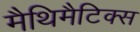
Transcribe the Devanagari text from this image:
मैथिमैटिक्स